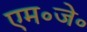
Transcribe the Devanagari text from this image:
एम॰जे॰